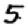
Digit: 5